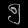
Digit: ၅